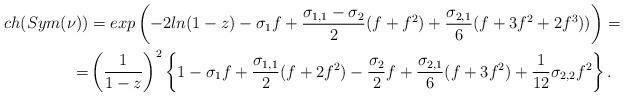
LaTeX: \begin{align*}ch(Sym(\nu)) &= exp\left(-2ln(1-z) -\sigma_1f +\frac{\sigma_{1,1}-\sigma_2}{2}(f+f^2) + \frac{\sigma_{2,1}}{6}(f+3f^2+2f^3))\right)=\\=&\left(\frac{1}{1-z}\right)^2\left\{1-\sigma_1f +\frac{\sigma_{1,1}}{2}(f+2f^2) - \frac{\sigma_{2}}{2}f + \frac{\sigma_{2,1}}{6}(f+3f^2)+\frac{1}{12}\sigma_{2,2}f^2 \right\}.\end{align*}